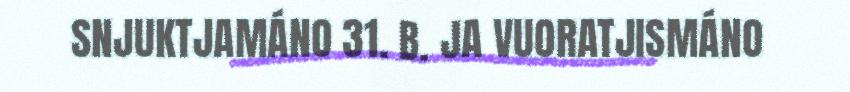
SNJUKTJAMÁNO 31. B. JA VUORATJISMÁNO